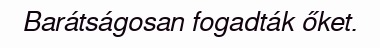
Barátságosan fogadták őket.